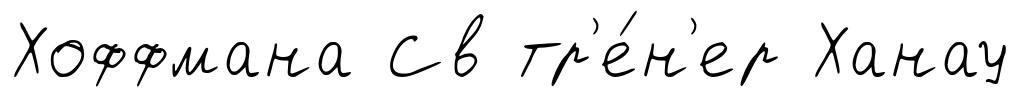
Хоффмана Св тр'е́н'ер Ханау